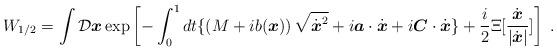
LaTeX: \begin{align*}W_{1/2} = \int{\cal D}{\mbox{\boldmath $x$}}\exp\left[-\int^1_0 dt\{ \left(M + ib({\mbox{\boldmath $x$}})\right)\sqrt{\dot{{\mbox{\boldmath $x$}}}^2}+i{\mbox{\boldmath $a$}}\cdot\dot{\mbox{\boldmath $x$}}+i{\mbox{\boldmath $C$}}\cdot\dot{\mbox{\boldmath $x$}}\}+ \frac{i}{2} \Xi[ \frac{\dot{{\mbox{\boldmath $x$}}}}{|\dot{{\mbox{\boldmath $x$}}}|}]\right]\;.\end{align*}